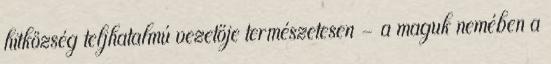
hitközség teljhatalmú vezetője természetesen - a maguk nemében a